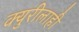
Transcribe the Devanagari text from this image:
क्युरीलाही